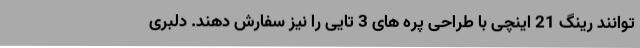
توانند رینگ 21 اینچی با طراحی پره های 3 تایی را نیز سفارش دهند. دلبری